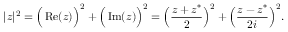
| z | ^ { 2 } = { \Big ( } \operatorname { R e } ( z ) { \Big ) } ^ { 2 } + { \Big ( } \operatorname { I m } ( z ) { \Big ) } ^ { 2 } = { \Big ( } { \frac { z + z ^ { \ast } } { 2 } } { \Big ) } ^ { 2 } + { \Big ( } { \frac { z - z ^ { \ast } } { 2 i } } { \Big ) } ^ { 2 } .